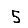
Digit: 5